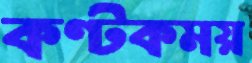
কণ্টকময়